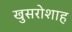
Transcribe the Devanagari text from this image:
खुसरोशाह